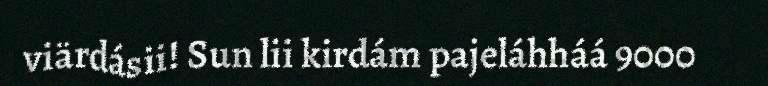
viärdásii! Sun lii kirdám pajeláhháá 9000